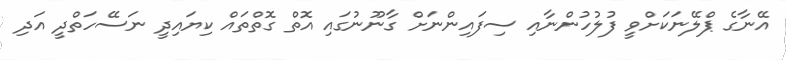
އޭނާގެ ޕްލޭނަކަށްވީ ފުލުހުންނާއި ސިފައިންނަށް ގާނޫނުގައި އޮތް ގޮތްތައް ކިޔައިދީ ނަސޭހަތްދީ އަދި